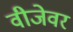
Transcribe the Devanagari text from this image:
वीजेवर